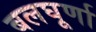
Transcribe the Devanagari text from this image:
बलघूर्णा